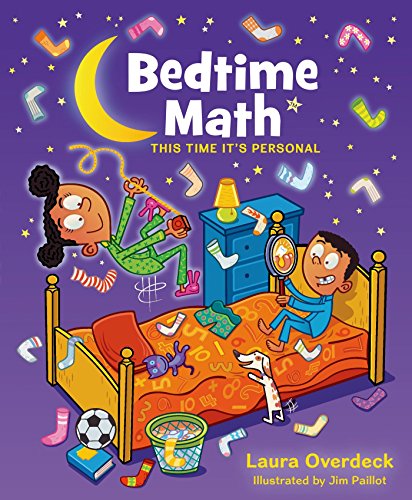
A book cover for Bedtime Math: This Time It's Personal (Bedtime Math Series); Laura Overdeck; Children's Books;